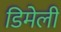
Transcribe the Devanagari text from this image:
डिमेली